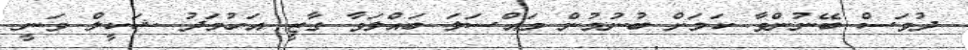
ދުވަސް ބޭނުންވާ ކަމަށް ބުނުމުން މައްސަލަ ބައްލަވާ ގާޒީ އަހުމަދު ޝަކީލް ވަނީ